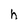
Character: h